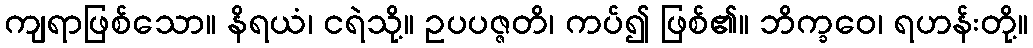
ကျရာဖြစ်သော။ နိရယံ၊ ငရဲသို့။ ဥပပဇ္ဇတိ၊ ကပ်၍ ဖြစ်၏။ ဘိက္ခဝေ၊ ရဟန်းတို့။